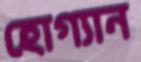
হোগ্যান